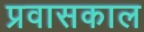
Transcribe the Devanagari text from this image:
प्रवासकाल